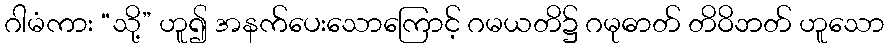
ဂါမံကား “သို့” ဟူ၍ အနက်ပေးသောကြောင့် ဂမယတိ၌ ဂမုဓာတ် တိဝိဘတ် ဟူသော